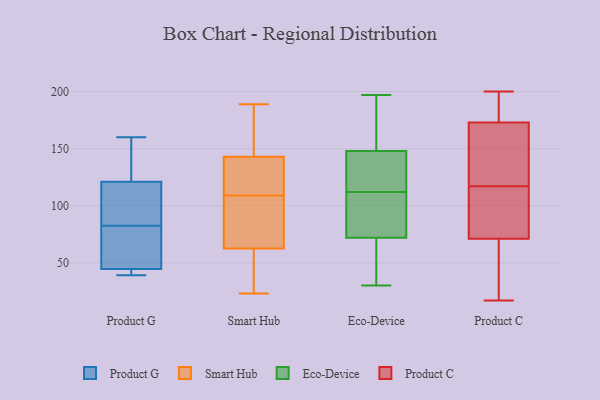
{"axis": {"x": "Gross Profit (USD K)", "y": "Value"}, "legend": ["Eco-Device", "Product C", "Product G", "Smart Hub"], "data": [{"x": "", "y": 160, "type": "Product G"}, {"x": "", "y": 97, "type": "Product G"}, {"x": "", "y": 52, "type": "Product G"}, {"x": "", "y": 87, "type": "Product G"}, {"x": "", "y": 137, "type": "Product G"}, {"x": "", "y": 45, "type": "Product G"}, {"x": "", "y": 105, "type": "Product G"}, {"x": "", "y": 39, "type": "Product G"}, {"x": "", "y": 44, "type": "Product G"}, {"x": "", "y": 42, "type": "Product G"}, {"x": "", "y": 140, "type": "Product G"}, {"x": "", "y": 78, "type": "Product G"}, {"x": "", "y": 140, "type": "Smart Hub"}, {"x": "", "y": 23, "type": "Smart Hub"}, {"x": "", "y": 164, "type": "Smart Hub"}, {"x": "", "y": 149, "type": "Smart Hub"}, {"x": "", "y": 84, "type": "Smart Hub"}, {"x": "", "y": 162, "type": "Smart Hub"}, {"x": "", "y": 109, "type": "Smart Hub"}, {"x": "", "y": 128, "type": "Smart Hub"}, {"x": "", "y": 29, "type": "Smart Hub"}, {"x": "", "y": 111, "type": "Smart Hub"}, {"x": "", "y": 189, "type": "Smart Hub"}, {"x": "", "y": 71, "type": "Smart Hub"}, {"x": "", "y": 48, "type": "Smart Hub"}, {"x": "", "y": 55, "type": "Smart Hub"}, {"x": "", "y": 79, "type": "Smart Hub"}, {"x": "", "y": 141, "type": "Smart Hub"}, {"x": "", "y": 65, "type": "Smart Hub"}, {"x": "", "y": 30, "type": "Eco-Device"}, {"x": "", "y": 72, "type": "Eco-Device"}, {"x": "", "y": 139, "type": "Eco-Device"}, {"x": "", "y": 175, "type": "Eco-Device"}, {"x": "", "y": 73, "type": "Eco-Device"}, {"x": "", "y": 197, "type": "Eco-Device"}, {"x": "", "y": 117, "type": "Eco-Device"}, {"x": "", "y": 107, "type": "Eco-Device"}, {"x": "", "y": 148, "type": "Eco-Device"}, {"x": "", "y": 50, "type": "Eco-Device"}, {"x": "", "y": 186, "type": "Product C"}, {"x": "", "y": 108, "type": "Product C"}, {"x": "", "y": 140, "type": "Product C"}, {"x": "", "y": 105, "type": "Product C"}, {"x": "", "y": 160, "type": "Product C"}, {"x": "", "y": 21, "type": "Product C"}, {"x": "", "y": 101, "type": "Product C"}, {"x": "", "y": 126, "type": "Product C"}, {"x": "", "y": 200, "type": "Product C"}, {"x": "", "y": 197, "type": "Product C"}, {"x": "", "y": 41, "type": "Product C"}, {"x": "", "y": 17, "type": "Product C"}]}